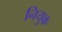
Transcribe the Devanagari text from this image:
नियुक